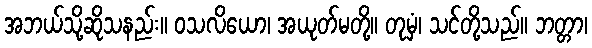
အဘယ်သို့ဆိုသနည်း။ ဝသလိယော၊ အယုတ်မတို့။ တုမှံ၊ သင်တို့သည်။ ဘတ္တာ၊